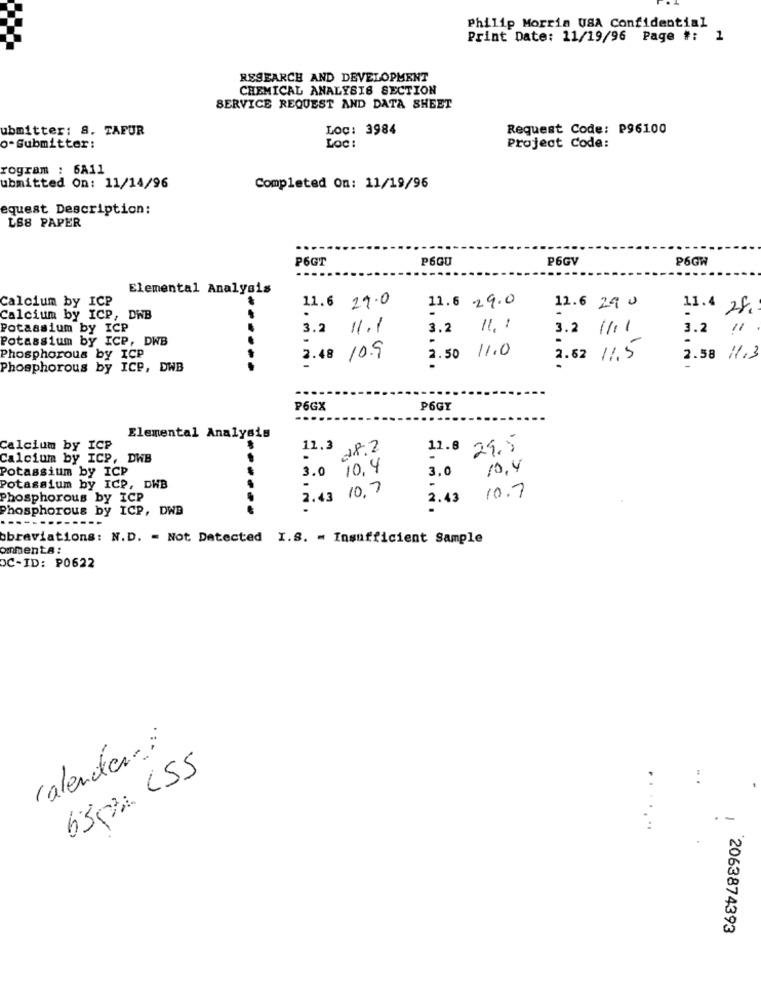
Philip Morris USA Confidential
Print Date: 11/19/96 Page #: 1
RESEARCH AND DEVELOPMENT
CHEMICAL ANALYSIS SECTION
SERVICE REQUEST AND DATA SHEET
ubmitter: 8. TAFUR
LOC: 3984
Request Code: P96100
o-Submitter:
Loc :
Project Code:
rogram : 6A11
ubmitted On: 11/14/96
Completed On: 11/19/96
equest Description:
LS8 PAPER
P6GT
P6GU
P6GV
P6GW
Elemental Analysis
11.6 29.0
Calcium by ICP
.
11.6 29.0
-
12.6 290
11.4 28.
Calcium by ICP, DWB
-
Potassium by ICP
3.2 11.1
3.2
11.1
3.2 1/11
3.2 !/
Potassium by ICP, DWB
2.50 11.0
Phosphorous by ICP
2.48 10.9
2.62 11.5
2.58 11,3
Phosphorous by ICP, DWB
P6GX
P6GY
Elemental Analysis
Calcium by ICP
11.3
28.2
11.8 29.5
Calcium by ICP, DWB
.
Potassium by ICP
3.0
10,4
3,0
10.4
Potassium by ICP, DWB
2.43 10, 7
Phosphorous by ICP
2.43 10.7
Phosphorous by ICP, DWB
obreviations: N.D. = Not Detected I.S. = Insufficient Sample
ommenta:
OC-ID: P0622
calender:
630 CSS
2063874393